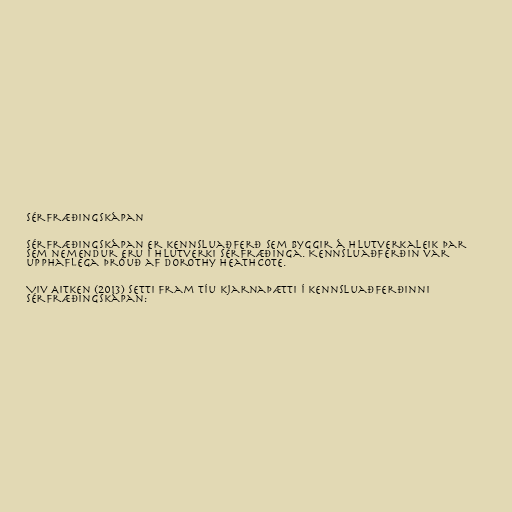
Sérfræðingskápan

Sérfræðingskápan er kennsluaðferð sem byggir á hlutverkaleik þar
sem nemendur eru í hlutverki sérfræðinga. Kennsluaðferðin var
upphaflega þróuð af Dorothy Heathcote.

Viv Aitken (2013) setti fram tíu kjarnaþætti í kennsluaðferðinni
sérfræðingskápan: